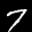
Label: 7